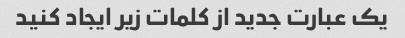
یک عبارت جدید از کلمات زیر ایجاد کنید